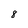
Character: 8